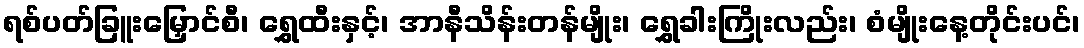
ရစ်ပတ်ခြူးမြှောင်စီ၊ ရွှေထီးနှင့်၊ အာနီသိန်းတန်မျိုး၊ ရွှေခါးကြိုးလည်း၊ စံမျိုးနေ့တိုင်းပင်၊